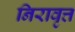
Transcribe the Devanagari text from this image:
निरावृत्त